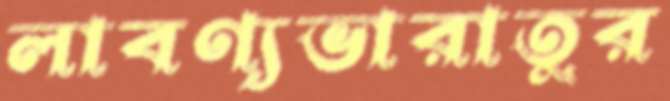
লাবণ্যভারাতুর